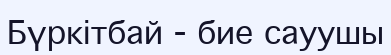
Бүркітбай - бие сауушы